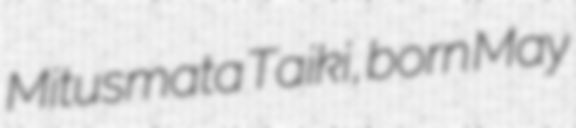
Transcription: Mitusmata Taiki, born May